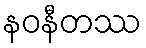
နဝနီတဿ